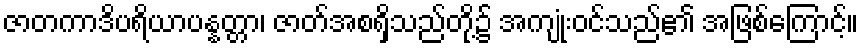
ဇာတကာဒိပရိယာပန္နတ္တာ၊ ဇာတ်အစရှိသည်တို့၌ အကျုံးဝင်သည်၏ အဖြစ်ကြောင့်။